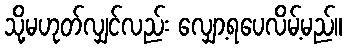
သို့မဟုတ်လျှင်လည်း လျှော့ရပေလိမ့်မည်။